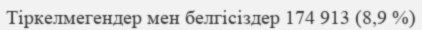
Тіркелмегендер мен белгісіздер 174 913 (8,9 %)